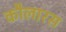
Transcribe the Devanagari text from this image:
कौलारस